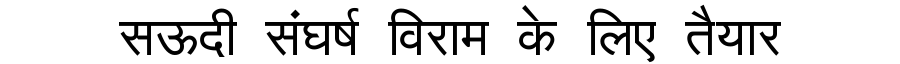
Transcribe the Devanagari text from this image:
सऊदी संघर्ष विराम के लिए तैयार